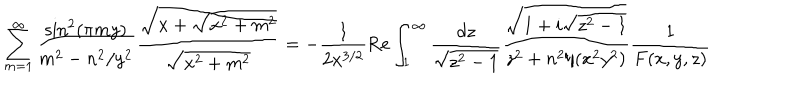
\sum _ { m = 1 } ^ { \infty } \frac { \sin ^ { 2 } ( \pi m y ) } { m ^ { 2 } - n ^ { 2 } / y ^ { 2 } } \frac { \sqrt { x + \sqrt { x ^ { 2 } + m ^ { 2 } } } } { \sqrt { x ^ { 2 } + m ^ { 2 } } } = - \frac { 1 } { 2 x ^ { 3 / 2 } } \mathrm { R e } \int _ { 1 } ^ { \infty } \frac { d z } { \sqrt { z ^ { 2 } - 1 } } \frac { \sqrt { 1 + i \sqrt { z ^ { 2 } - 1 } } } { z ^ { 2 } + n ^ { 2 } / ( x ^ { 2 } y ^ { 2 } ) } \frac { 1 } { F ( x , y , z ) }